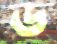
ড